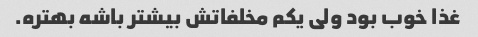
غذا خوب بود ولی یکم مخلفاتش بیشتر باشه بهتره.